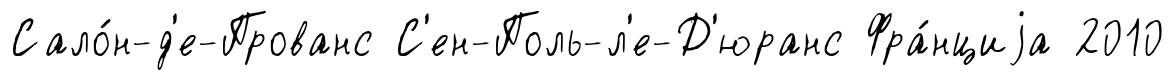
Сало́н-д'е-Прованс С'ен-Поль-л'е-Д'юранс Фра́нциjа 2010